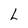
Character: L